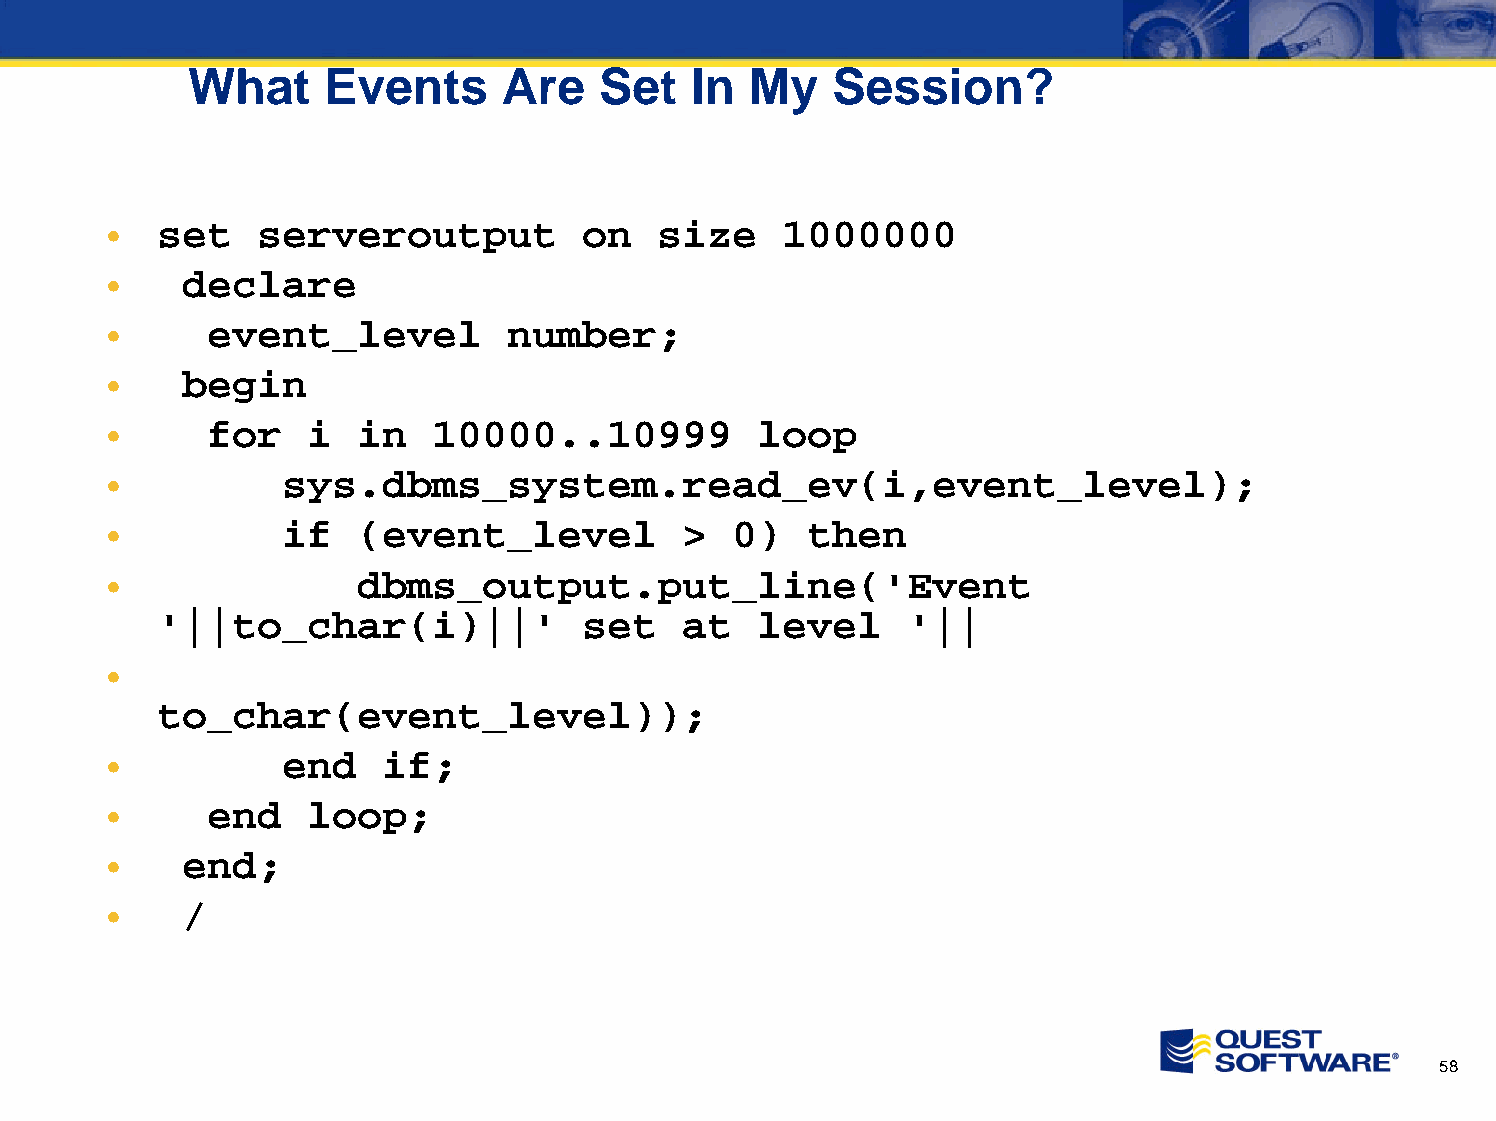
What     Events     Are    Set   In  My   Session?
 •  set    serveroutput          on   size    1000000
 •    declare
 •      event_level         number;
 •    begin
 •      for   i   in   10000..10999         loop
 •           sys.dbms_system.read_ev(i,event_level);
 •           if   (event_level         >   0)   then
 •                dbms_output.put_line('Event
 '||to_char(i)||'             set   at   level     '||
 •
 to_char(event_level));
 •           end   if;
 •      end   loop;
 •    end;
 •    /
 58